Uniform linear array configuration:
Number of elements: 64
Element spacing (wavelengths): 0.75
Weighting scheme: uniform
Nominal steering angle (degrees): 15
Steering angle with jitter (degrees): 13.301
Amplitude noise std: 0.05
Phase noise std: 0.05

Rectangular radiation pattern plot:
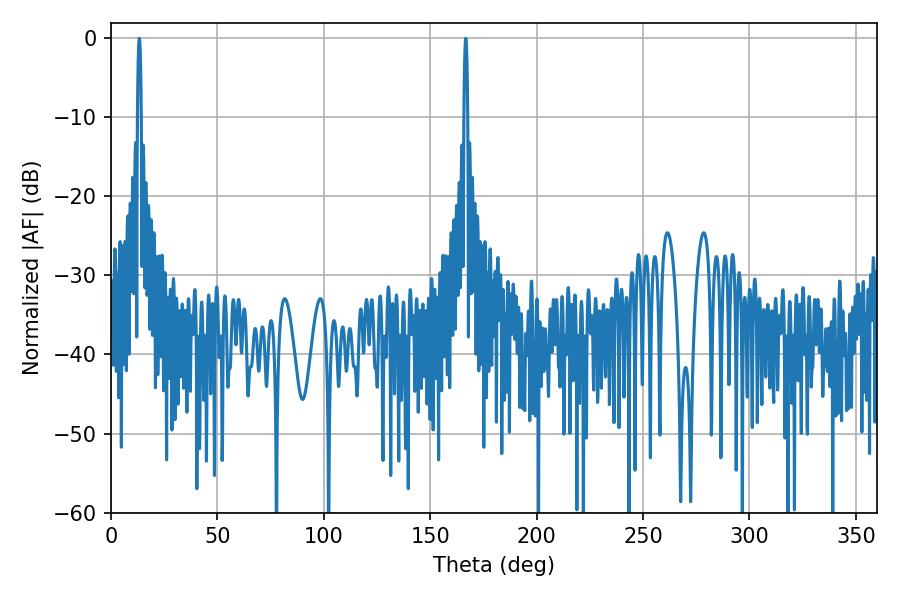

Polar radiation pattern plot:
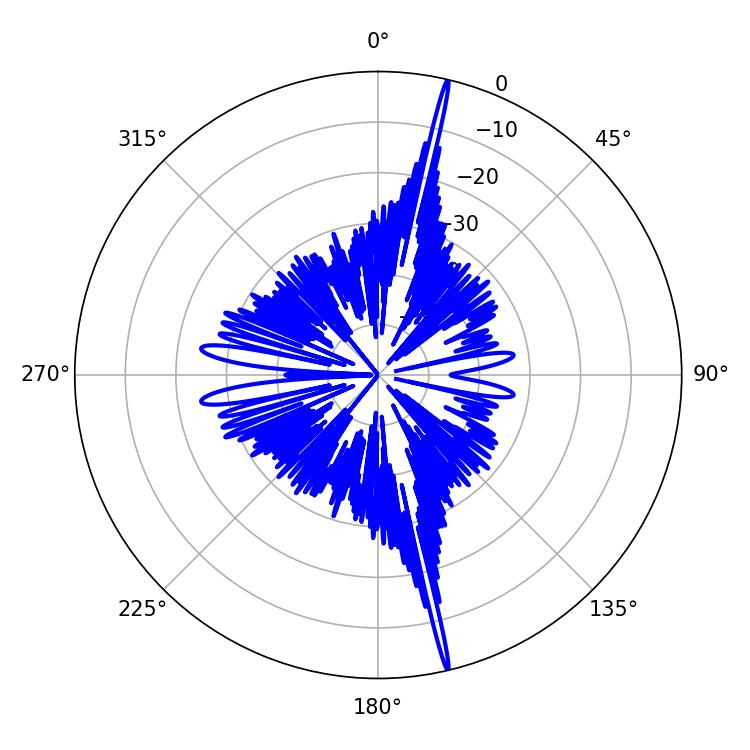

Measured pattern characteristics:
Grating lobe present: TRUE
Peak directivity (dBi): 23.489
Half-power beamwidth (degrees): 0.9
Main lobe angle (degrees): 166.68